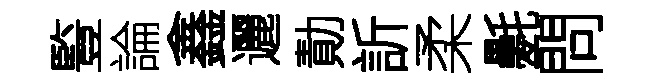
䜿論鑫邐勣訢柔氎問